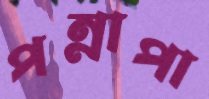
পন্নাপা